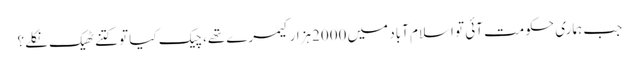
﻿ جب ہماری حکومت آئی تو اسلام آباد میں 2000ہزارکیمرے تھے، چیک کیا تو کتنے ٹھیک نکلے؟